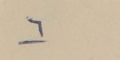
٦